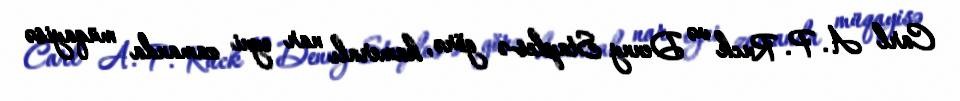
Carl A. P. Ruck və Denny Staples-ə görə, kameralı nar eyni zamanda müqayisə